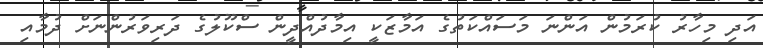
އަދި މިހާރު ކުރަމުން އަންނަ މަސައްކަތުގެ އަމާޒަކީ އިމާދުއްދީން ސްކޫލުގެ ދަރިވަރުންނަށް ދުމާއި